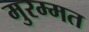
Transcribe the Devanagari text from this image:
मुरम्मत